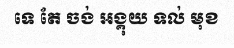
ទេ តែ ចង់ អង្គុយ ទល់ មុខ